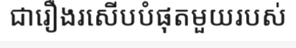
ជារឿងរសើបបំផុតមួយរបស់